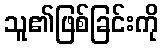
သူ၏ဖြစ်ခြင်းကို